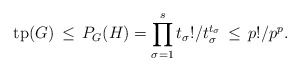
\begin{align*}\mathrm{tp}(G) \,\leq \, P_G(H) = \prod_{\sigma = 1}^s t_\sigma!/t_\sigma^{t_\sigma} \,\leq \, p!/p^p.\end{align*}